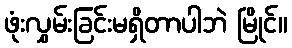
ဖုံးလွှမ်းခြင်းမရှိတာပါဘဲ မြိုင်။